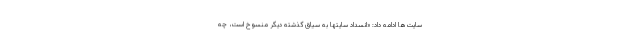
سایت‌ها ادامه داد: «انسداد سایتها به سیاق گذشته دیگر منسوخ است، چه